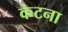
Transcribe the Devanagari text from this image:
केटना